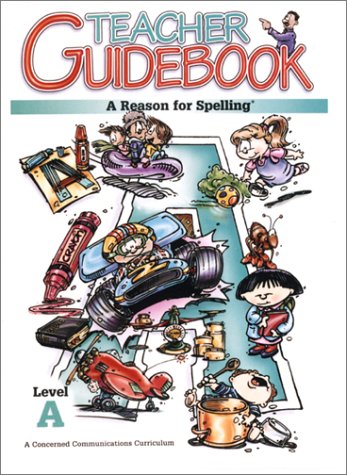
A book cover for A Reason for Spelling: Teacher Guidebook Level A; Rebecca Burton; Reference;